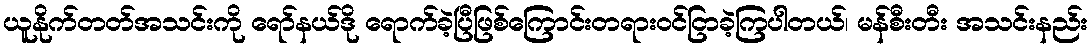
ယူနိုက်တတ်အသင်းကို ရော်နယ်ဒို ရောက်ခဲ့ပြီဖြစ်ကြောင်းတရားဝင်ငြာခဲ့ကြပါတယ်၊ မန်စီးတီး အသင်းနည်း